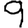
Digit: 9